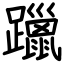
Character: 躐